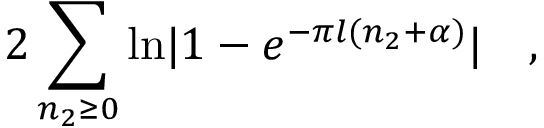
2 \sum _ { n _ { 2 } \ge 0 } \mathrm { l n } | 1 - e ^ { - \pi l ( n _ { 2 } + \alpha ) } | \quad ,